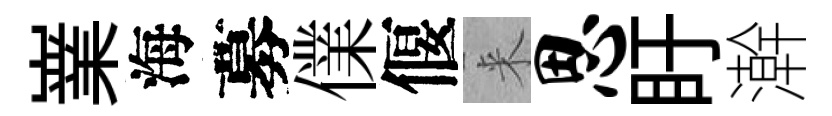
嶪海募㒒偃来思盱澣